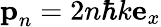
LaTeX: \textbf{p}_{n}=2n\hbar k\mathbf{e}_{x}